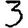
Digit: 3